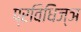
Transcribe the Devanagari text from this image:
प्रविधिज्ञ